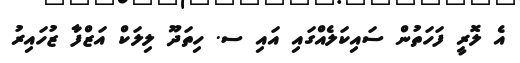
އެ ލޮރީ ފަހަތުން ސައިކަލެއްގައި އައި ސ. ހިތަދޫ ލިލަކް އަޒްފާ ޒުހައިރު